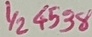
Text: 1/24538